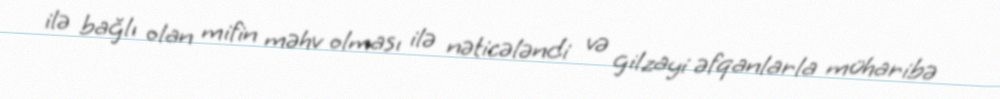
ilə bağlı olan mifin məhv olması ilə nəticələndi və gilzayi əfqanlarla müharibə